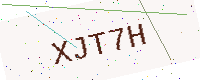
Text: XJT7H